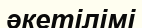
әкетілімі